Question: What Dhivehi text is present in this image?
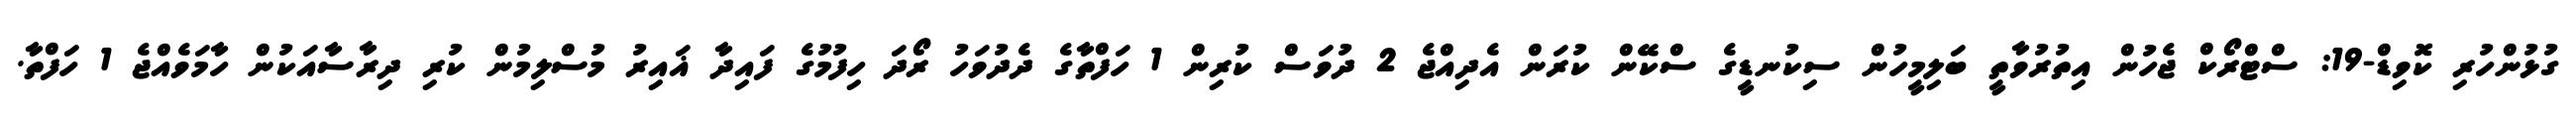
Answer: ގުޅުންހުރި ކޮވިޑް-19: ސްޓްރޯކް ޖެހުން އިތުރުވާތީ ބަލިމީހުން ސިކުނޑީގެ ސްކޭން ކުރަން އެދިއްޖެ 2 ދުވަސް ކުރިން 1 ހަފްތާގެ ދެދުވަހު ރޯދަ ހިފުމުގެ ފައިދާ ޣައިރު މުސްލިމުން ކުރި ދިރާސާއަކުން ހާމަވެއްޖެ 1 ހަފްތާ.